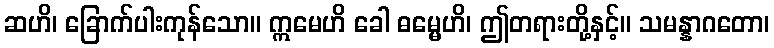
ဆဟိ၊ ခြောက်ပါးကုန်သော။ ဣမေဟိ ခေါ ဓမ္မေဟိ၊ ဤတရားတို့နှင့်။ သမန္နာဂတော၊